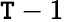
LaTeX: \mathtt{T}-1